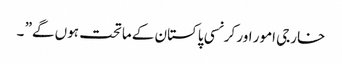
خارجی امور اور کرنسی پاکستان کے ماتحت ہوں گے” ۔